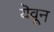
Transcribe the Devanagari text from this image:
यॆवून